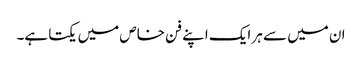
ان میں سے ہر ایک اپنے فن خاص میں یکتا ہے۔